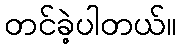
တင်ခဲ့ပါတယ်။